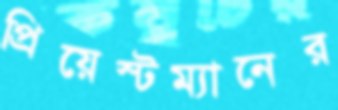
প্রিয়েস্টম্যানের